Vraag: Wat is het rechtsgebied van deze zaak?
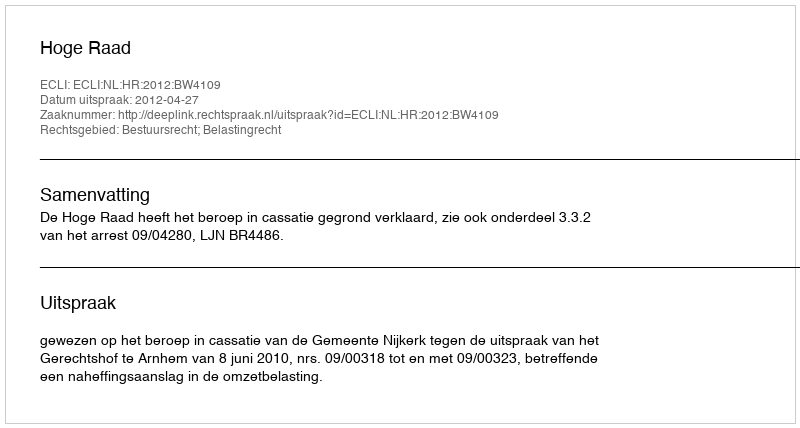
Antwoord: Bestuursrecht; Belastingrecht